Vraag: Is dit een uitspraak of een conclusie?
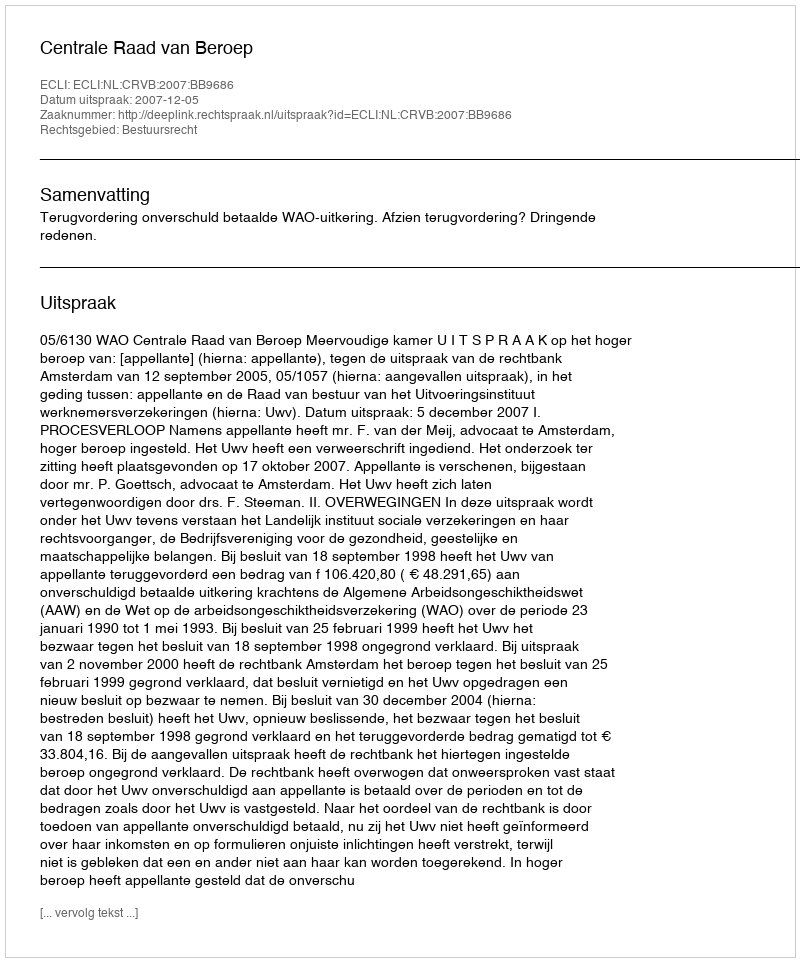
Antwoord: Uitspraak